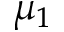
\mu _ { 1 }